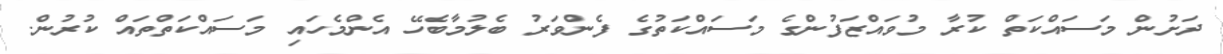
ދަށުން މަސައްކަތް ކުރާ މުވައްޒަފުންގެ މަސައްކަތުގެ ފެންވަރު ބެލުމާބެހޭ އެންމެހައި މަސައްކަތްތައް ކުރުން.